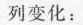
列变化：